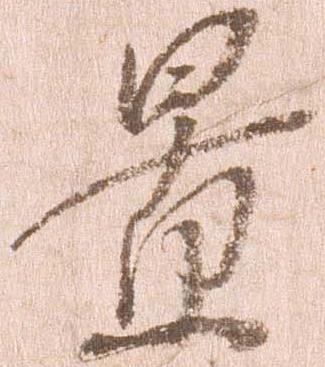
景